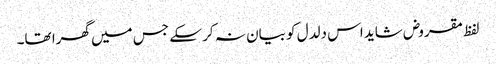
لفظ مقروض شاید اس دلدل کو بیان نہ کر سکے جس میں گھرا تھا۔